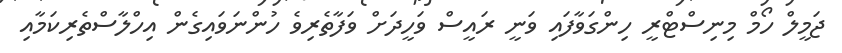
ޖަމީލް ހޯމް މިނިސްޓްރީ ހިންގަވާފައި ވަނީ ރައީސް ވަހީދަށް ވަފާތެރިވެ ހުންނަވައިގެން އިހްލާސްތެރިކަމާއި